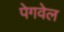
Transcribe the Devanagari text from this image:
पेगवेल